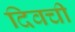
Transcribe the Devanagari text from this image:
दिवची